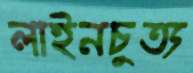
লাইনচুত্য